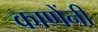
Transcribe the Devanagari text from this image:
काणेंनी